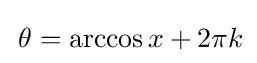
\,\theta =\arccos x+2\pi k